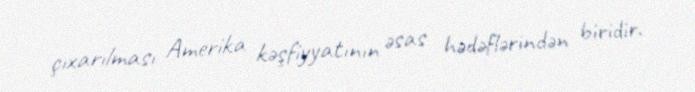
çıxarılması Amerika kəşfiyyatının əsas hədəflərindən biridir.